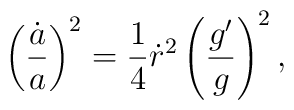
\left({{\dot{a}}\over a}\right)^2={1\over 4}\dot{r}^2\left({{g^{\prime}}\over g}\right)^2,